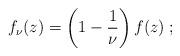
LaTeX: \begin{align*}f_\nu(z)=\left(1-\frac{1}{\nu}\right)f(z)\;;\end{align*}